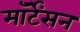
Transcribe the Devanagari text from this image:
मॉर्टेंसन